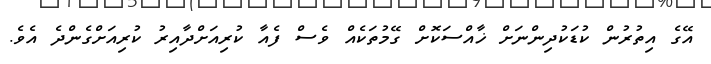
އޭގެ އިތުރުން ކުޑަކުދިންނަށް ޚާއްސަކޮށް ގޭމުތަކެއް ވެސް ފެއާ ކުރިއަށްދާއިރު ކުރިއަށްގެންދެ އެވެ.